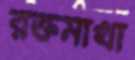
রক্তমাখা